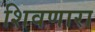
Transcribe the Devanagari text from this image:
शिवणारा